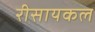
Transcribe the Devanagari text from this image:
रीसायकल